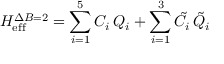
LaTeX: { \cal H } _ { \mathrm { e f f } } ^ { \Delta B = 2 } = \sum _ { i = 1 } ^ { 5 } C _ { i } \, Q _ { i } + \sum _ { i = 1 } ^ { 3 } \tilde { C } _ { i } \, \tilde { Q } _ { i }